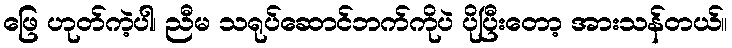
ဖြေ ဟုတ်ကဲ့ပါ၊ ညီမ သရုပ်ဆောင်ဘက်ကိုပဲ ပိုပြီးတော့ အားသန်တယ်။